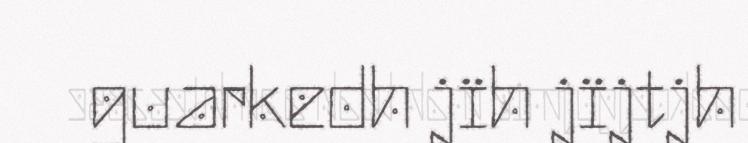
guarkedh jïh jïjtjh